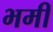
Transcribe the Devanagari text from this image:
भमी